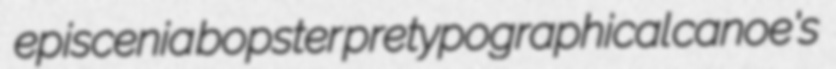
episcenia bopster pretypographical canoe's